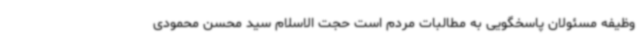
وظیفه مسئولان پاسخگویی به مطالبات مردم است حجت الاسلام سید محسن محمودی